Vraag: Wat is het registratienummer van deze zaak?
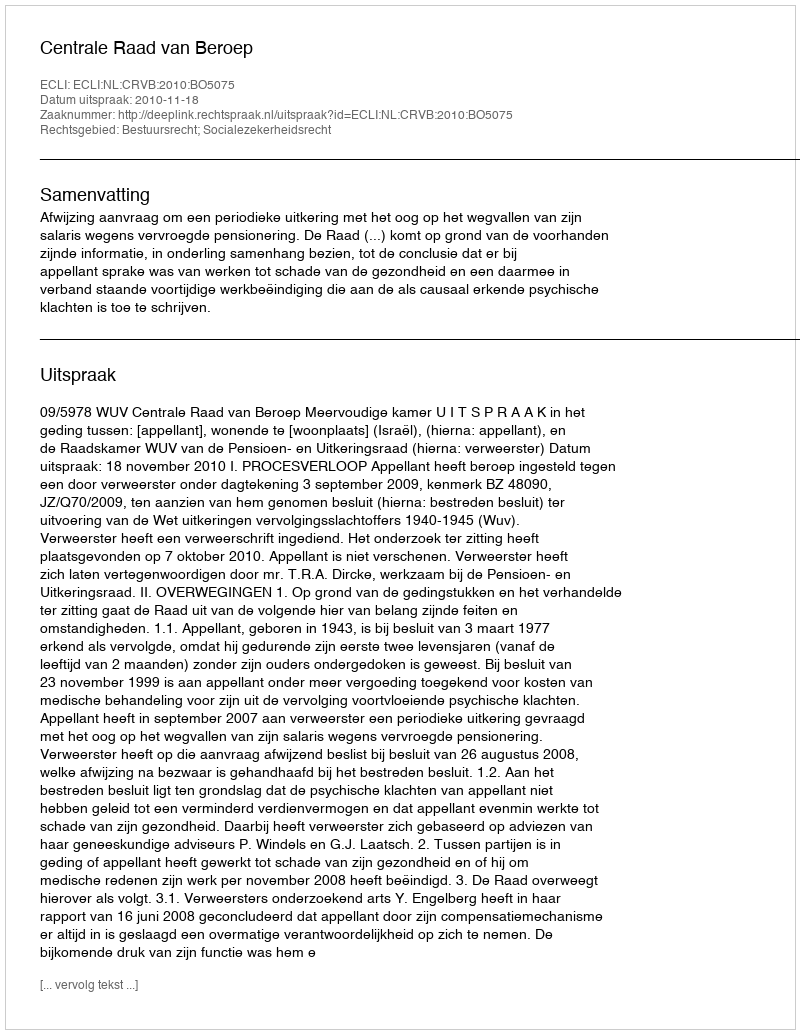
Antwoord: http://deeplink.rechtspraak.nl/uitspraak?id=ECLI:NL:CRVB:2010:BO5075